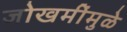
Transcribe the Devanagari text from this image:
जोखमींमुळे